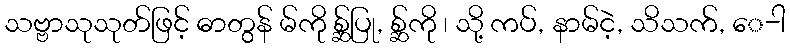
သဗ္ဗာသုသုတ်ဖြင့် ဓာတွန် မ်ကို စ္ဆ်ပြု, စ္ဆ်ကို ၊ သို့ ကပ်, နာမ်ငဲ့, သိသက်, ေ-ါ